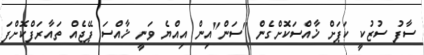
ސާފު ސުޒުކީ ކަޕަށް ޚާއްސަކޮށްގެން "ސަން"އިން އިއްޔެ ވަނީ ޚާއްސަ ޕޭޖެއް ތައާރަފްކޮށްފަ